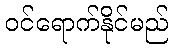
ဝင်ရောက်နိုင်မည်